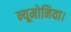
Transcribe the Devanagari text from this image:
न्यूमोनिया।